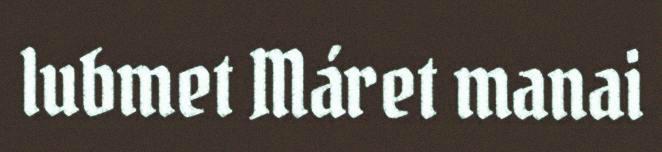
lubmet Máret manai